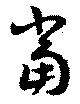
當